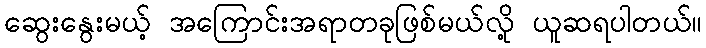
ဆွေးနွေးမယ့် အကြောင်းအရာတခုဖြစ်မယ်လို့ ယူဆရပါတယ်။